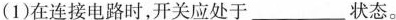
(1)在连接电路时，开关应处于___状态。